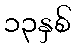
၁၃နှစ်